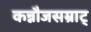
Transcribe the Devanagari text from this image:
कन्नौजसम्राट्